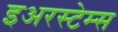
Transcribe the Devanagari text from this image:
इअरस्टेम्स